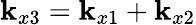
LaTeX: \mathbf{k}_{x3}=\mathbf{k}_{x1}+\mathbf{k}_{x2}